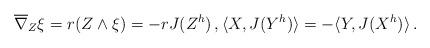
LaTeX: \begin{align*}\overline{\nabla}_Z \xi={ r} (Z\wedge\xi)= -{ r} J(Z^h)\, , \langle X, J(Y^h)\rangle=-\langle Y, J(X^h)\rangle\, . \end{align*}